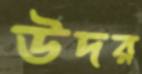
উদর